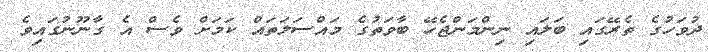
ދުވަހުގެ ތެރޭގައި ބަލައި ނިންމަންޖެހޭ ބާވަތުގެ މައްސަލަތައް ކަމަށް ވެސް އެ ގާނޫނުގައިވެ